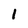
Character: 1